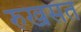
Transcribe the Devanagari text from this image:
रुखसत